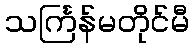
သင်္ကြန်မတိုင်မီ